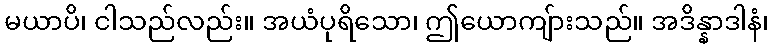
မယာပိ၊ ငါသည်လည်း။ အယံပုရိသော၊ ဤယောကျ်ားသည်။ အဒိန္နာဒါနံ၊